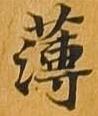
薄